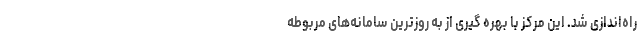
راه‌اندازی شد. این مرکز با بهره گیری از به روزترین سامانه‌های مربوطه